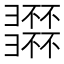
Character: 𢑽